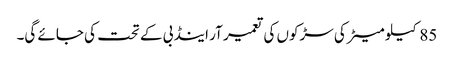
85کیلو میٹر کی سڑکوں کی تعمیر آر اینڈ بی کے تحت کی جائے گی۔